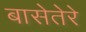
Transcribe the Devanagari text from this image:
बासेतेरे